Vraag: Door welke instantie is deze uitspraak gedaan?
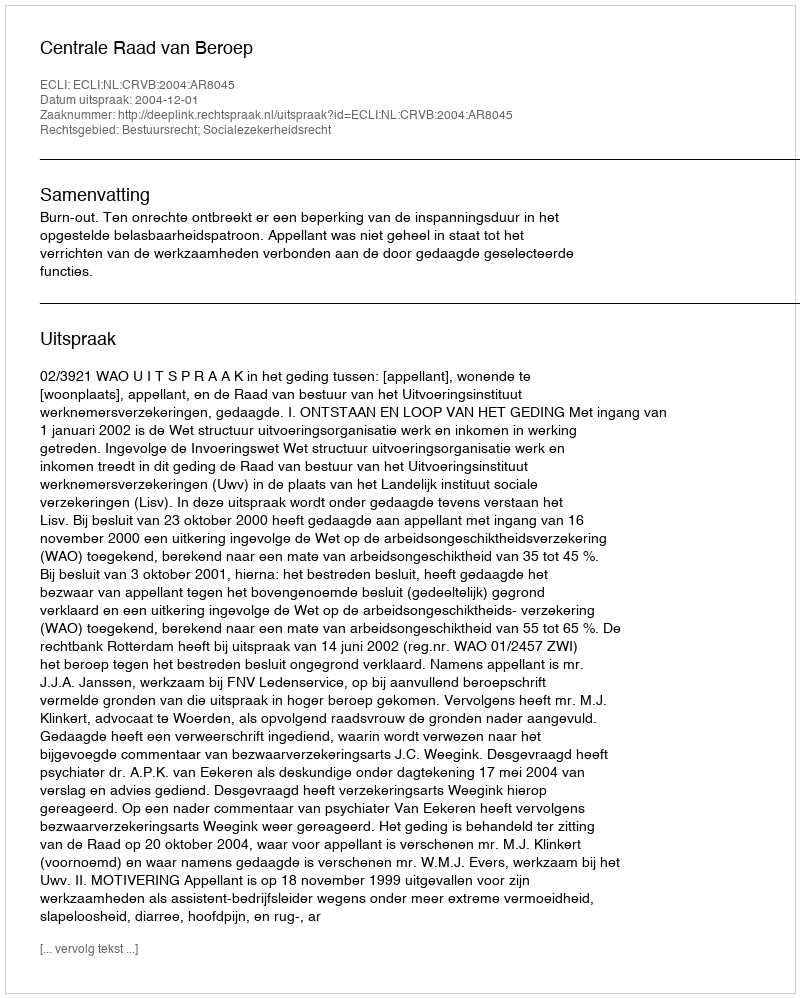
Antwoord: Centrale Raad van Beroep